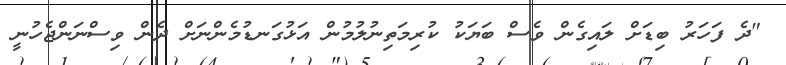
"ދެ ފަހަރު ބިޑަށް ލައިގެން ވެސް ބަޔަކު ކުރިމަތިނުލުމުން އަޅުގަނޑުމެންނަށް ދެން ވިސްނަންޖެހުނީ